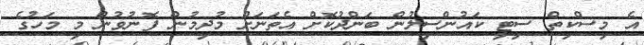
އެ މިސްކިތް ސިޓީ ކައުންސިލުން ބަންދުކޮށް އެތަނަށް މުދިމުން ފޮނުވުން މި މަހުގެ